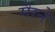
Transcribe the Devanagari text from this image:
मैग्ने